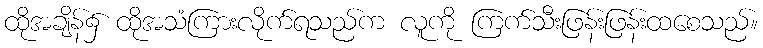
ထိုအချိန်၌ ထိုအသံကြားလိုက်ရသည်က လူကို ကြက်သီးဖြန်းဖြန်းထစေသည်။